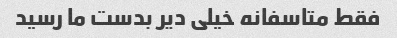
فقط متاسفانه خیلی دیر بدست ما رسید